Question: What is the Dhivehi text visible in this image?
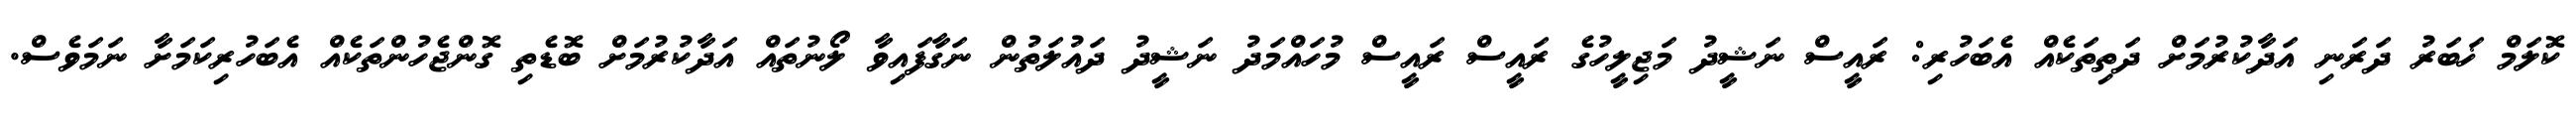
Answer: ކޮލަމް ޚަބަރު ދަރަނި އަދާކުރުމަށް ދަތިތަކެއް އެބަހުރި: ރައީސް ނަޝީދު މަޖިލީހުގެ ރައީސް ރައީސް މުހައްމަދު ނަޝީދު ދައުލަތުން ނަގާފައިވާ ލޯނުތައް އަދާކުރުމަށް ބޮޑެތި ގޮންޖެހުންތަކެއް އެބަހުރިކަމަށާ ނަމަވެސް.